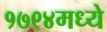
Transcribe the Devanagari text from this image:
१७९४मध्ये